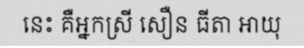
នេះ គឺអ្នកស្រី សឿន ធីតា អាយុ